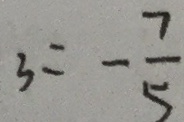
3 = - \frac { 7 } { 5 }